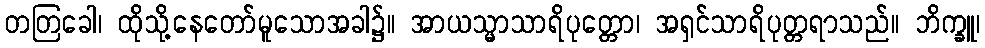
တတြခေါ၊ ထိုသို့နေတော်မူသောအခါ၌။ အာယသ္မာသာရိပုတ္တော၊ အရှင်သာရိပုတ္တရာသည်။ ဘိက္ခူ၊